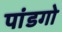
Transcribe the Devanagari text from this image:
पांडगो